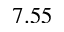
7 . 5 5